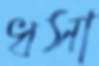
ধসা